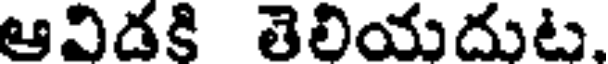
ఆవిడకి తెలియదుట.